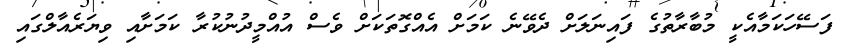
ފަސޭހަކަމާއެކީ މުބާރާތުގެ ފައިނަލަށް ދެވޭނެ ކަމަށް އެއްގޮތަކަށް ވެސް އުއްމީދުނުކުރާ ކަމަށާއި ވިޔަރެއާލްގައި